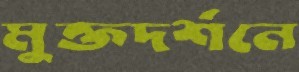
মুক্তদর্শনে